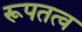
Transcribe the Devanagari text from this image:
रूपतत्व